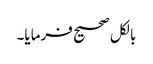
بالکل صحیح فرمایا۔